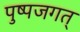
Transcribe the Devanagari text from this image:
पुष्पजगत्